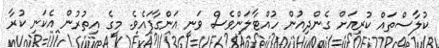
ކުލާސްތައް ކުރިއަށް ގެންދިއުން ހުއްޓާލަންވެސް ވަނީ އަންގާފައެވެ. މީގެ އިތުރުން އެކަނި ކުރާ